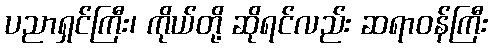
ပညာရှင်ကြီး၊ ကိုယ်တို့ ဆိုရင်လည်း ဆရာဝန်ကြီး